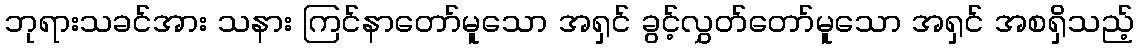
ဘုရားသခင်အား သနား ကြင်နာတော်မူသော အရှင် ခွင့်လွှတ်တော်မူသော အရှင် အစရှိသည့်